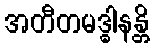
အတီတမဒ္ဓါနန္တိ